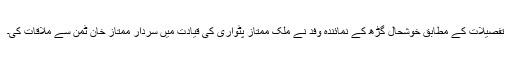
تفصیلات کے مطابق خوشحال گڑھ کے نمائندہ وفد نے ملک ممتاز پٹواری کی قیادت میں سردار ممتاز خان ٹمن سے ملاقات کی۔